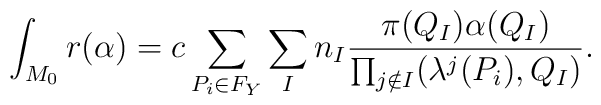
\int_{M_0} r (\alpha) = c \sum_{P_i \in F_Y} \sum_I   n_I \frac{\pi(Q_I)\alpha(Q_I)}{\prod_{j \notin I} (\lambda^j(P_i),Q_I)}.